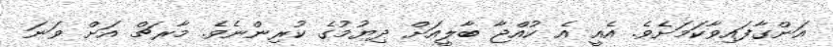
އަންގާފައިވާކަމަށެވެ. އެއީ އެ ކުއްޖާ ބާލީއަށް ދިޔުމުގެ ކުރިންނެވެ. މާރޗް އަށް ވަނަ